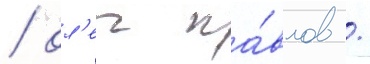
/ ол'ег па́влов /